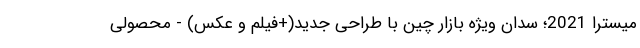
میسترا 2021؛ سدان ویژه بازار چین با طراحی جدید(+فیلم و عکس) - محصولی